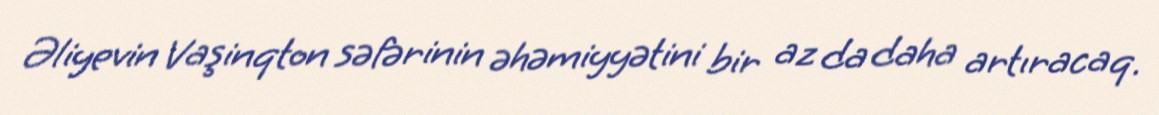
Əliyevin Vaşinqton səfərinin əhəmiyyətini bir az da daha artıracaq.